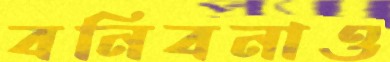
বনিবনাও